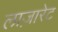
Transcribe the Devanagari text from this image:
लाज़ारेट